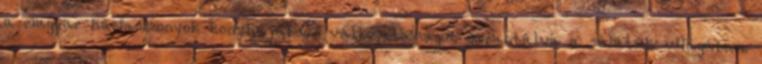
a magyar háziasszonyok konyhájában, változatosságot garantálva a saláták világában.